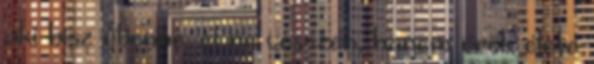
aki hisz őbenne, el ne vesszen, hanem örök élete